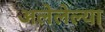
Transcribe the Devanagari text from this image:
अलेलेल्या